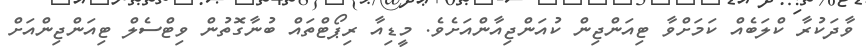
ވާދަކުރާ ކްލަބެއް ކަމަށްވާ ޓިއަންޖިން ކުއަންޖިއާންއަށެވެ. މީޑިއާ ރިޕޯޓްތައް ބުނާގޮތުން ވިޓްސެލް ޓިއަންޖިންއަށް